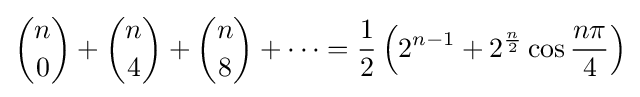
{\binom {n}{0}}+{\binom {n}{4}}+{\binom {n}{8}}+\cdots ={\frac {1}{2}}\left(2^{n-1}+2^{\frac {n}{2}}\cos {\frac {n\pi }{4}}\right)